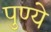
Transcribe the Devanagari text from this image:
पुण्ये